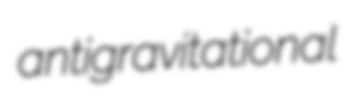
antigravitational